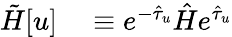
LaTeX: \begin{array}{rl}{\tilde{H}[u]}&{{}\equiv e^{-\hat{\tau}_{u}}\hat{H}e^{\hat{\tau}_{u}}}\end{array}